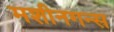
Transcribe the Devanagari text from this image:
मशीनगन्स